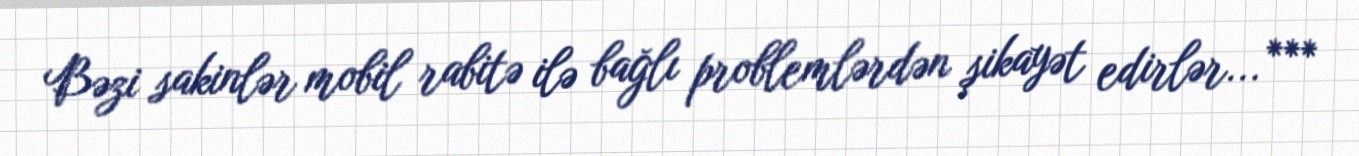
Bəzi sakinlər mobil rabitə ilə bağlı problemlərdən şikayət edirlər... ***